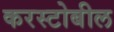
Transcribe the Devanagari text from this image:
करस्टोबील